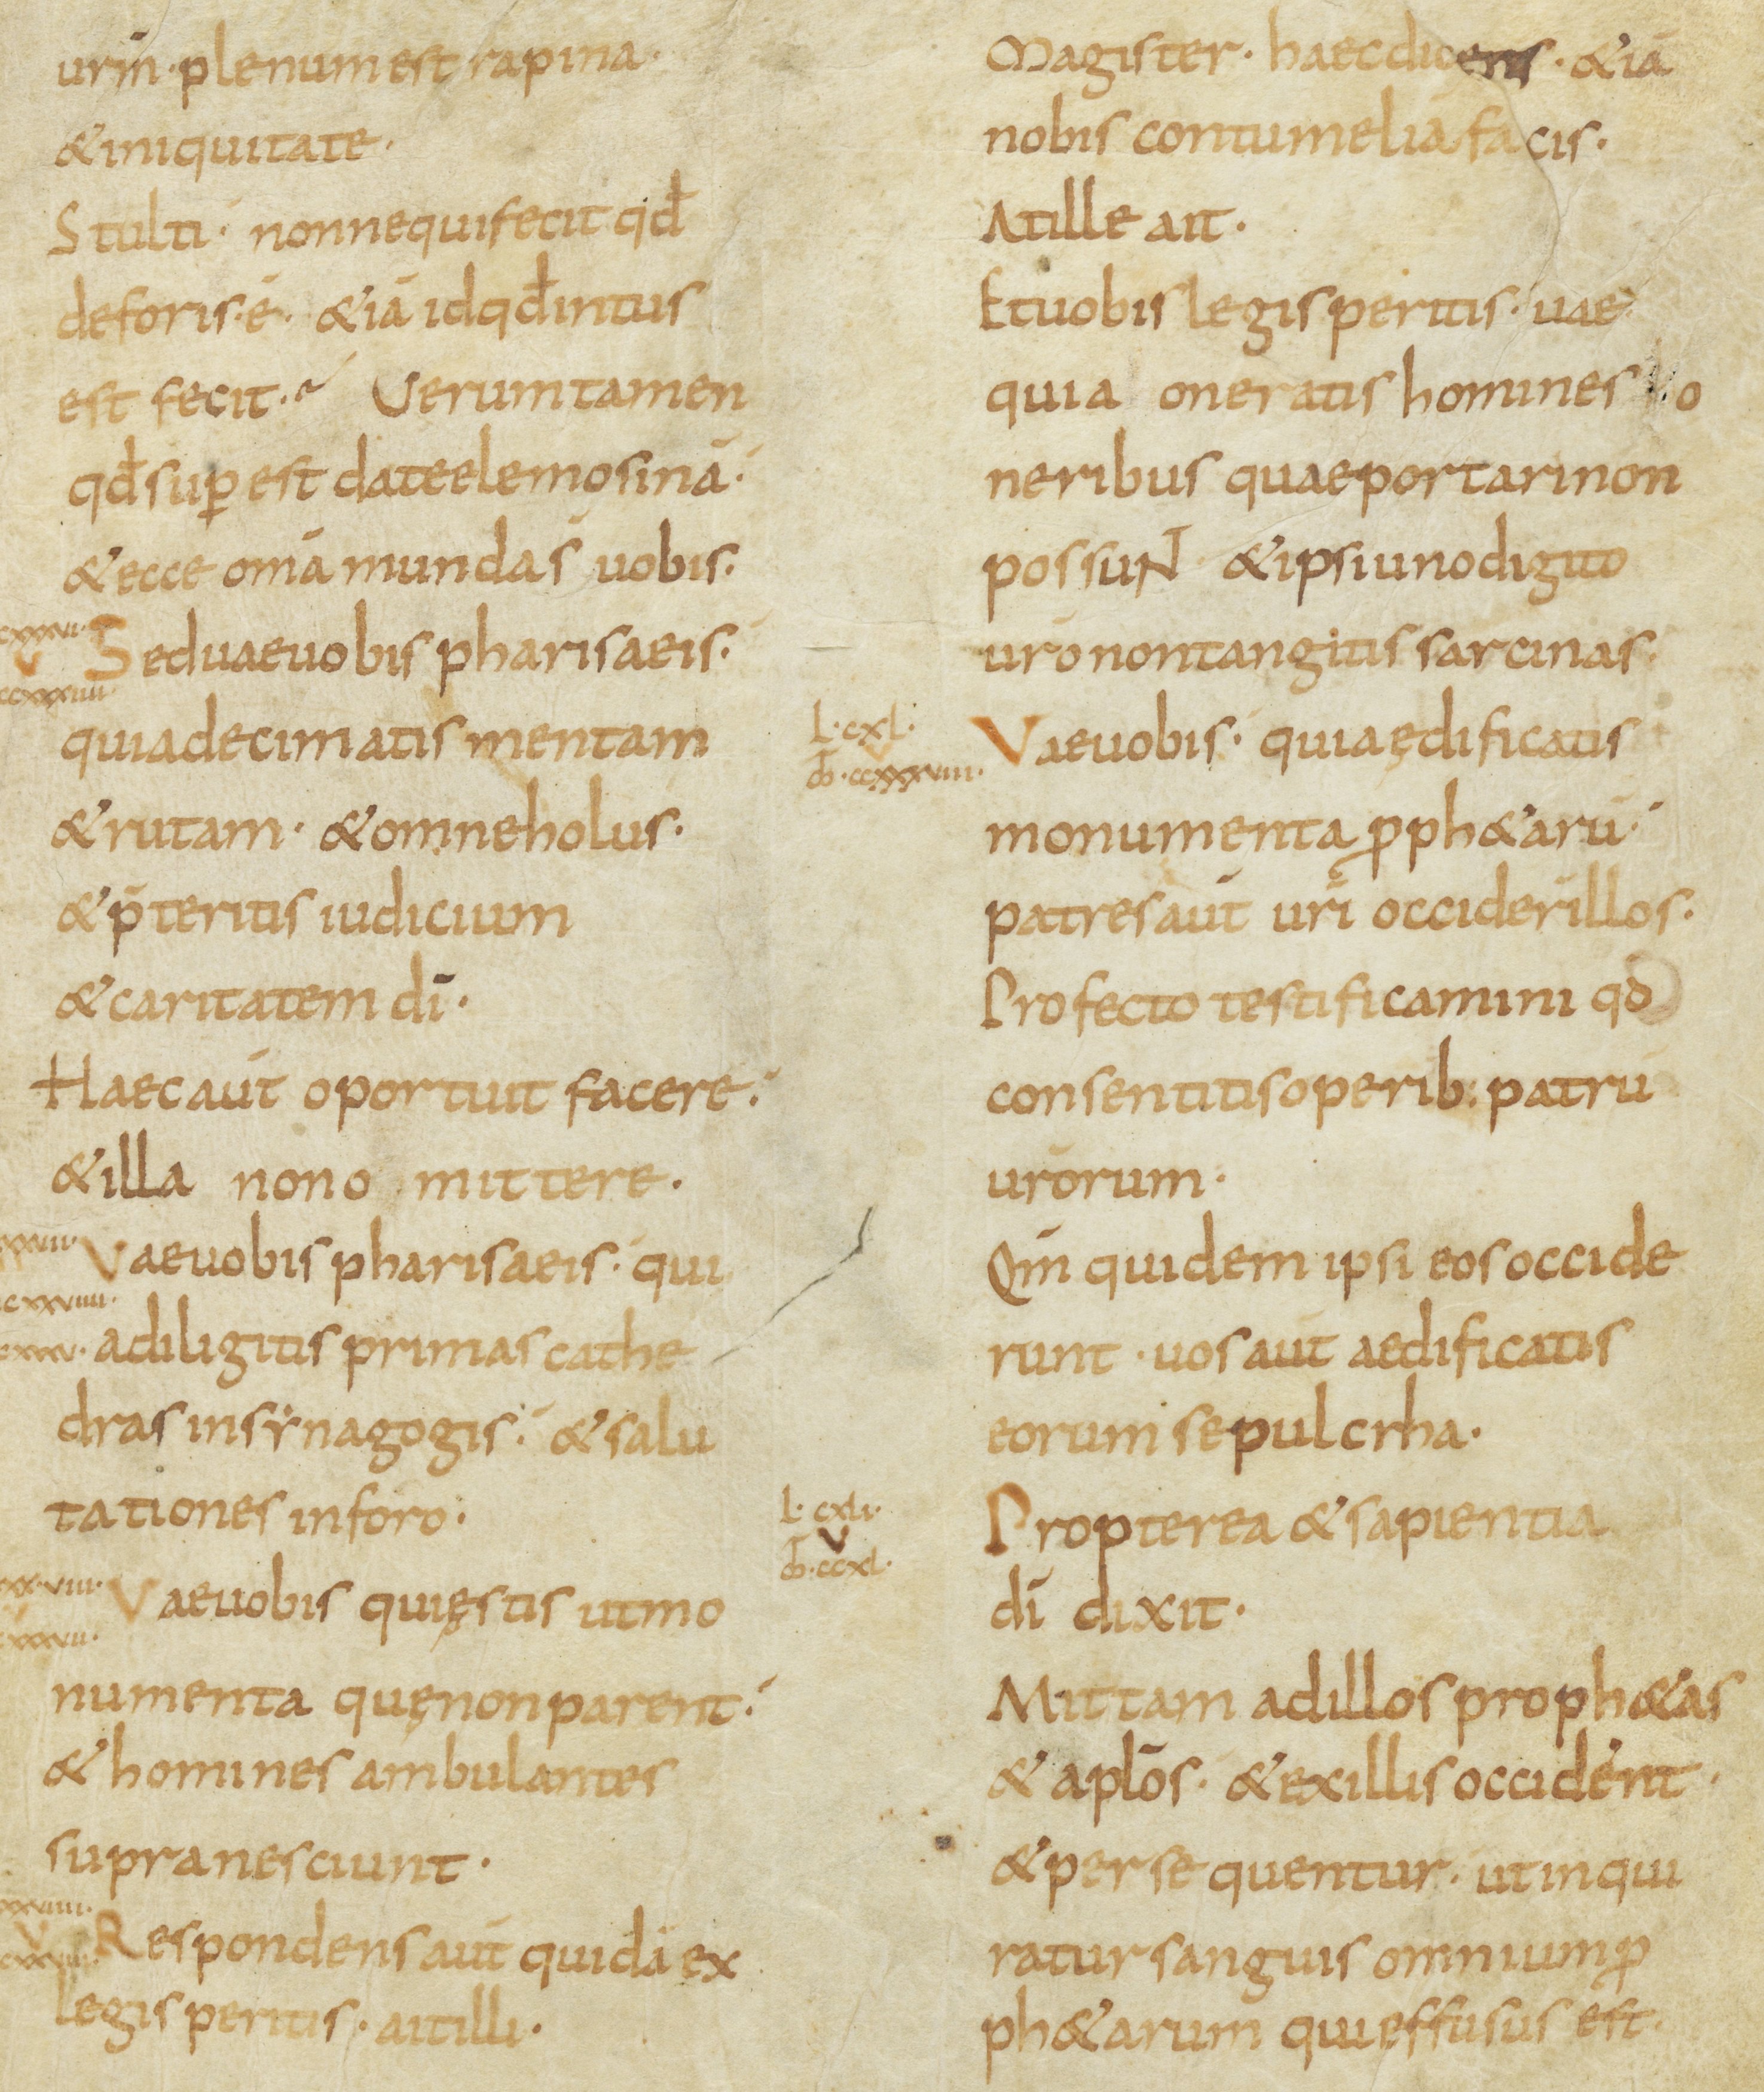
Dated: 800–899